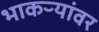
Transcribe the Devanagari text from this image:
भाकऱ्यांवर